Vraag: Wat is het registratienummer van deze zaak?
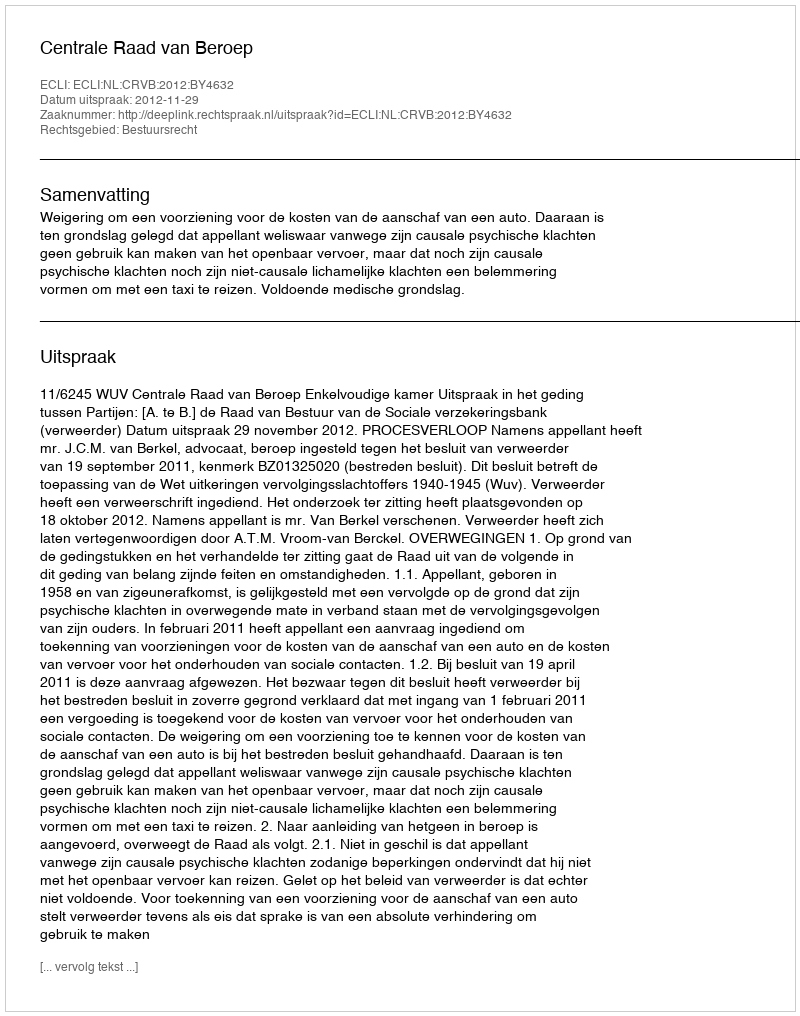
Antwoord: http://deeplink.rechtspraak.nl/uitspraak?id=ECLI:NL:CRVB:2012:BY4632